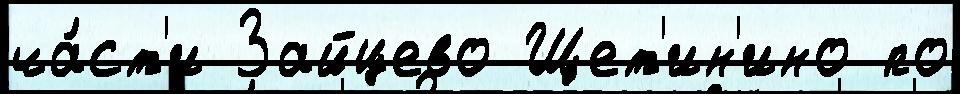
ча́ст'и Зайцево Щет'ин'ино по